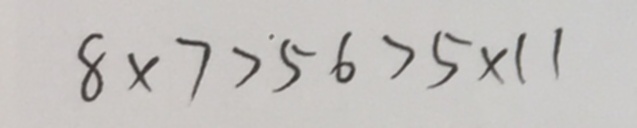
8 \times 7 > 5 6 > 5 \times 1 1